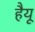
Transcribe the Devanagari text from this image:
हैयू